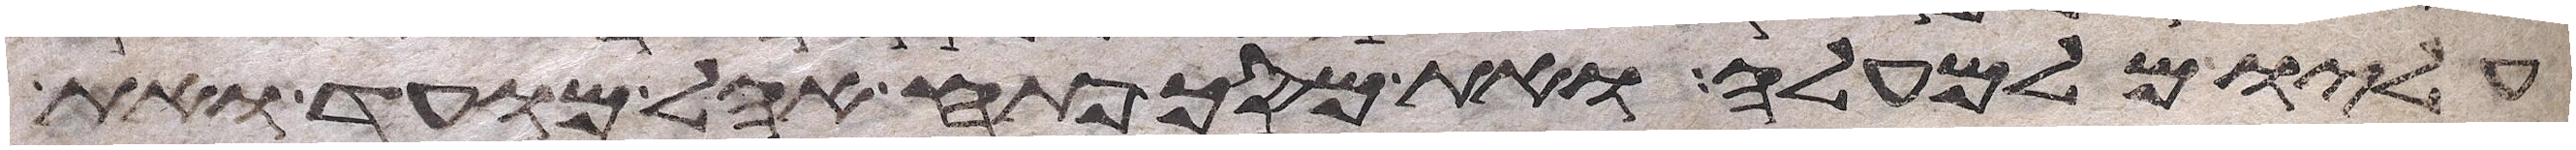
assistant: עליו מלמעלה ואת מסך פתח אהל מועד ואת